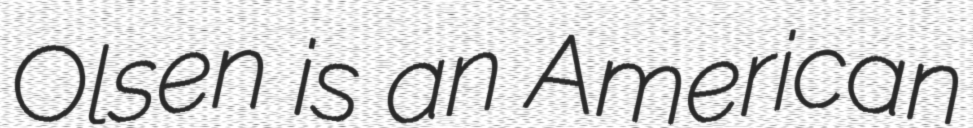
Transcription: Olsen is an American